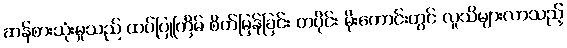
ဆန်စားသုံးမှုသည် ထပ်ပြုကြိမ် စိတ်မြန်ခြင်း တပိုင်း မိုးကောင်းတွင် လူသိများလာသည့်